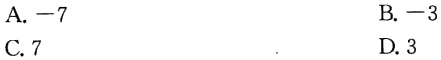
A. $-7$

B. $-3$

C. $7$

D. $3$